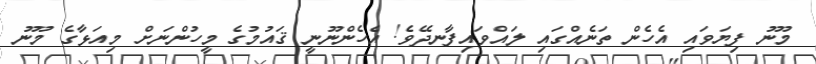
މޫނު ފިޔަވައި އެހެން ތަނެއްގައި ލައްވައިފާނދޭވެ! އެހެންނޫނީ ޤައުމުގެ މީހުންނަށް މިއަޅާގެ މޫނު